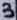
Text: 3